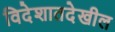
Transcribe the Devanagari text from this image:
विदेशातदेखील